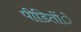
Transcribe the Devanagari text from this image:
पीडिताेंे